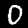
Digit: 0